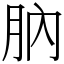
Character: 䶺